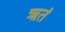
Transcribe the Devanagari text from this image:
ॠतं